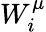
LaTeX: W_{i}^{\mu}